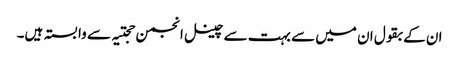
ان کے بقول ان میں سے بہت سے چینل انجمن حجتیہ سے وابستہ ہیں۔